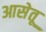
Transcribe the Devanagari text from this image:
आसेतू